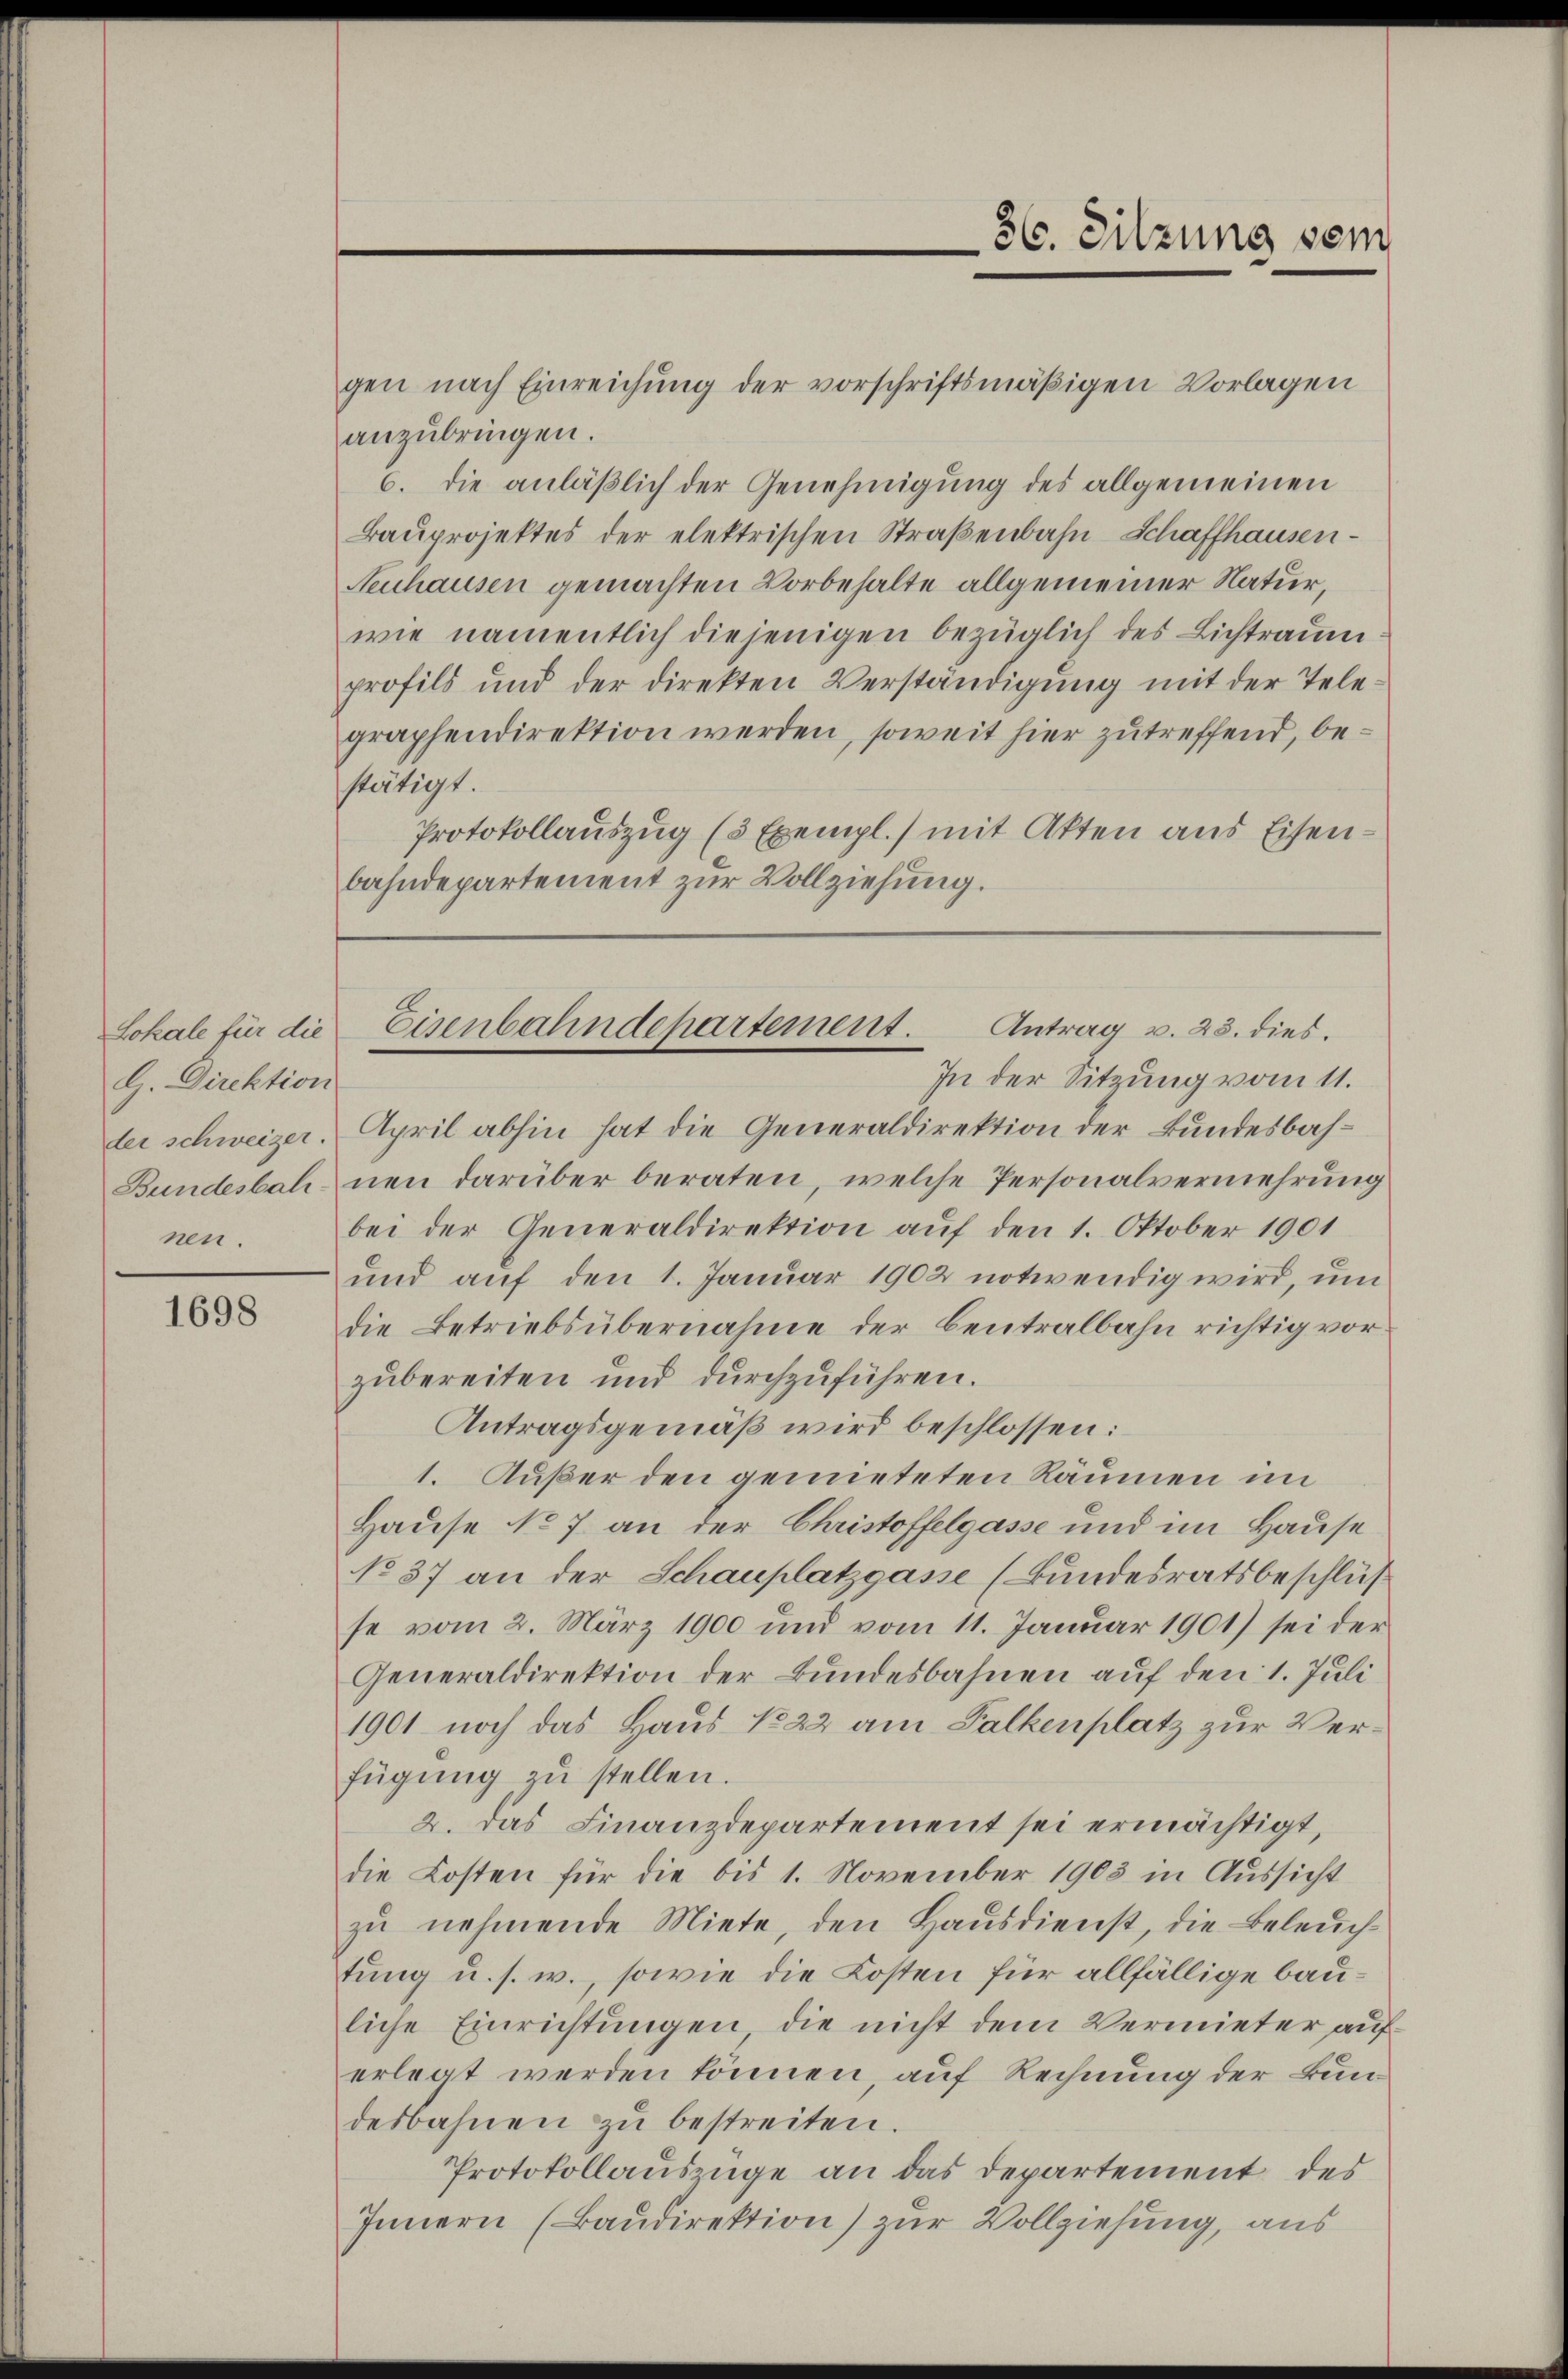
Lokale für die
G. Direktion
nen.

1698

gen nach Einreichung der vorschriftsmäßigen Vorlagen
anzubringen.
6. die anläßlich der Genehmigung des allgemeinen
Bauprojektes der elektrischen Straßenbahn-Schaffhausen¬
Neuhausen gemachten Vorbehalte allgemeiner Natur,
wie namentlich diejenigen bezüglich des Lichtraum.
profils und der direkten Verständigung mit der Telegraphendirektion werden, soweit hier zutreffend, bestätigt.
Protokollauszug (3 Exempl.) mit Akten aus Eisenbahndepartement zur Vollziehung.

der schweizer. April abhin hat die Generaldirektion der Bundesbah¬
Bundesbahnen darüber beraten, welche Personalvermehrung
bei der Generaldirektion aŭf den 1. Oktober 1901
und auf den 1. Januar 1902 notwendig wird, um
die Betriebsübernahme der Centralbahn richtig vor
zubereiten und durchzuführen.
Antragsgemäß wird beschlossen:
1. Außer den gemieteten Räumen im
Hause No 7 an der Christoffelgasse und im Hause
No 37 an der Schauplatzgasse (Bundesratsbeschluß
se vom 2. März 1900 und vom 11. Januar 1901) sei der
Generaldirektion der Bundesbahnen auf den 1. Juli
1901 noch das Haus No 22 am Falkenplatz zur Verfügŭng zu stellen.
2. das Finanzdepartement sei ermächtigt,
die Kosten für die bis 1. November 1903 in Aussicht
zu nehmende Miete, den Hausdienst, die Beleuchtung u. s. w., sowie die Kosten für allfällige bauliche Einrichtungen die nicht dem Vermieter auf
erlegt werden können, auf Rechnung der Bundesbahnen zŭ bestreiten.
Protokollauszüge an das Departement des
Innern (Baudirektion) zur Vollziehung, aus

36. Sitzung sein

Eisenbahndepartement.
Antrag v. 23. dies.
In der Sitzung vom 11.